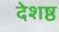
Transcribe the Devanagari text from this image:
देशष्ठ